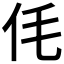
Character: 𠇔